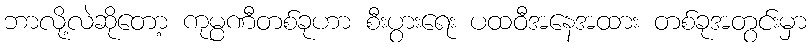
ဘာလို့လဲဆိုတော့ ကုမ္ပဏီတစ်ခုဟာ စီးပွားရေး ပထဝီအနေအထား တစ်ခုအတွင်းမှာ